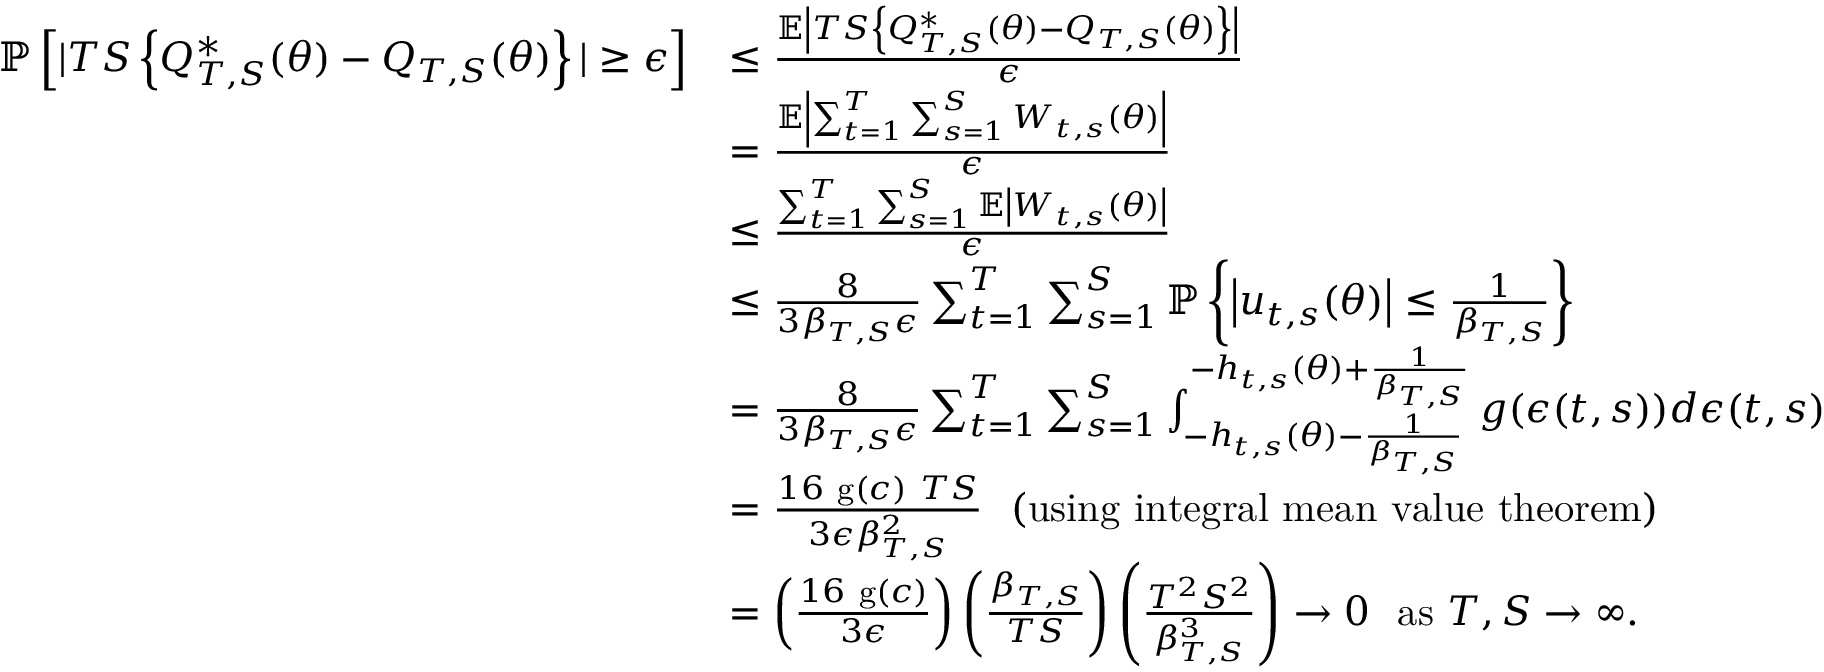
\begin{array} { r l } { \mathbb { P } \left[ \vert T S \left\{ Q _ { T , S } ^ { * } ( \theta ) - Q _ { T , S } ( \theta ) \right\} \vert \geq \epsilon \right] } & { \leq \frac { \mathbb { E } \left\vert T S \left\{ Q _ { T , S } ^ { * } ( \theta ) - Q _ { T , S } ( \theta ) \right\} \right\vert } { \epsilon } ~ ~ ~ ~ } \\ & { = \frac { \mathbb { E } \left\vert \sum _ { t = 1 } ^ { T } \sum _ { s = 1 } ^ { S } W _ { t , s } ( \theta ) \right\vert } { \epsilon } } \\ & { \leq \frac { \sum _ { t = 1 } ^ { T } \sum _ { s = 1 } ^ { S } \mathbb { E } \left\vert W _ { t , s } ( \theta ) \right\vert } { \epsilon } ~ ~ ~ ~ } \\ & { \leq \frac { 8 } { 3 \beta _ { T , S } \epsilon } \sum _ { t = 1 } ^ { T } \sum _ { s = 1 } ^ { S } \mathbb { P } \left\{ \left\vert u _ { t , s } ( \theta ) \right\vert \leq \frac { 1 } { \beta _ { T , S } } \right\} } \\ & { = \frac { 8 } { 3 \beta _ { T , S } \epsilon } \sum _ { t = 1 } ^ { T } \sum _ { s = 1 } ^ { S } \int _ { - h _ { t , s } ( \theta ) - \frac { 1 } { \beta _ { T , S } } } ^ { - h _ { t , s } ( \theta ) + \frac { 1 } { \beta _ { T , S } } } g ( \epsilon ( t , s ) ) d \epsilon ( t , s ) } \\ & { = \frac { 1 6 ~ \mathrm { g } ( c ) ~ T S } { 3 \epsilon \beta _ { T , S } ^ { 2 } } ~ ~ \mathrm { ( u s i n g ~ i n t e g r a l ~ m e a n ~ v a l u e ~ t h e o r e m ) } } \\ & { = \left( \frac { 1 6 ~ \mathrm { g } ( c ) } { 3 \epsilon } \right) \left( \frac { \beta _ { T , S } } { T S } \right) \left( \frac { T ^ { 2 } S ^ { 2 } } { \beta _ { T , S } ^ { 3 } } \right) \rightarrow 0 ~ ~ \mathrm { a s } ~ T , S \rightarrow \infty . } \end{array}